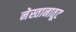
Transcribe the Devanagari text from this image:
नेस्तानातूट